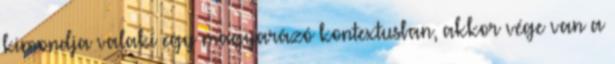
kimondja valaki egy magyarázó kontextusban, akkor vége van a